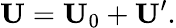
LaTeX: \mathbf{U}=\mathbf{U}_{0}+\mathbf{U}^{\prime}.